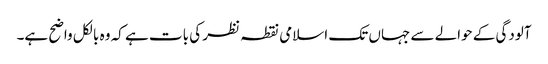
آلودگی کے حوالے سے جہاں تک اسلامی نقطہ نظر کی بات ہے کہ وہ بالکل واضح ہے۔